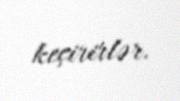
keçirirlər.